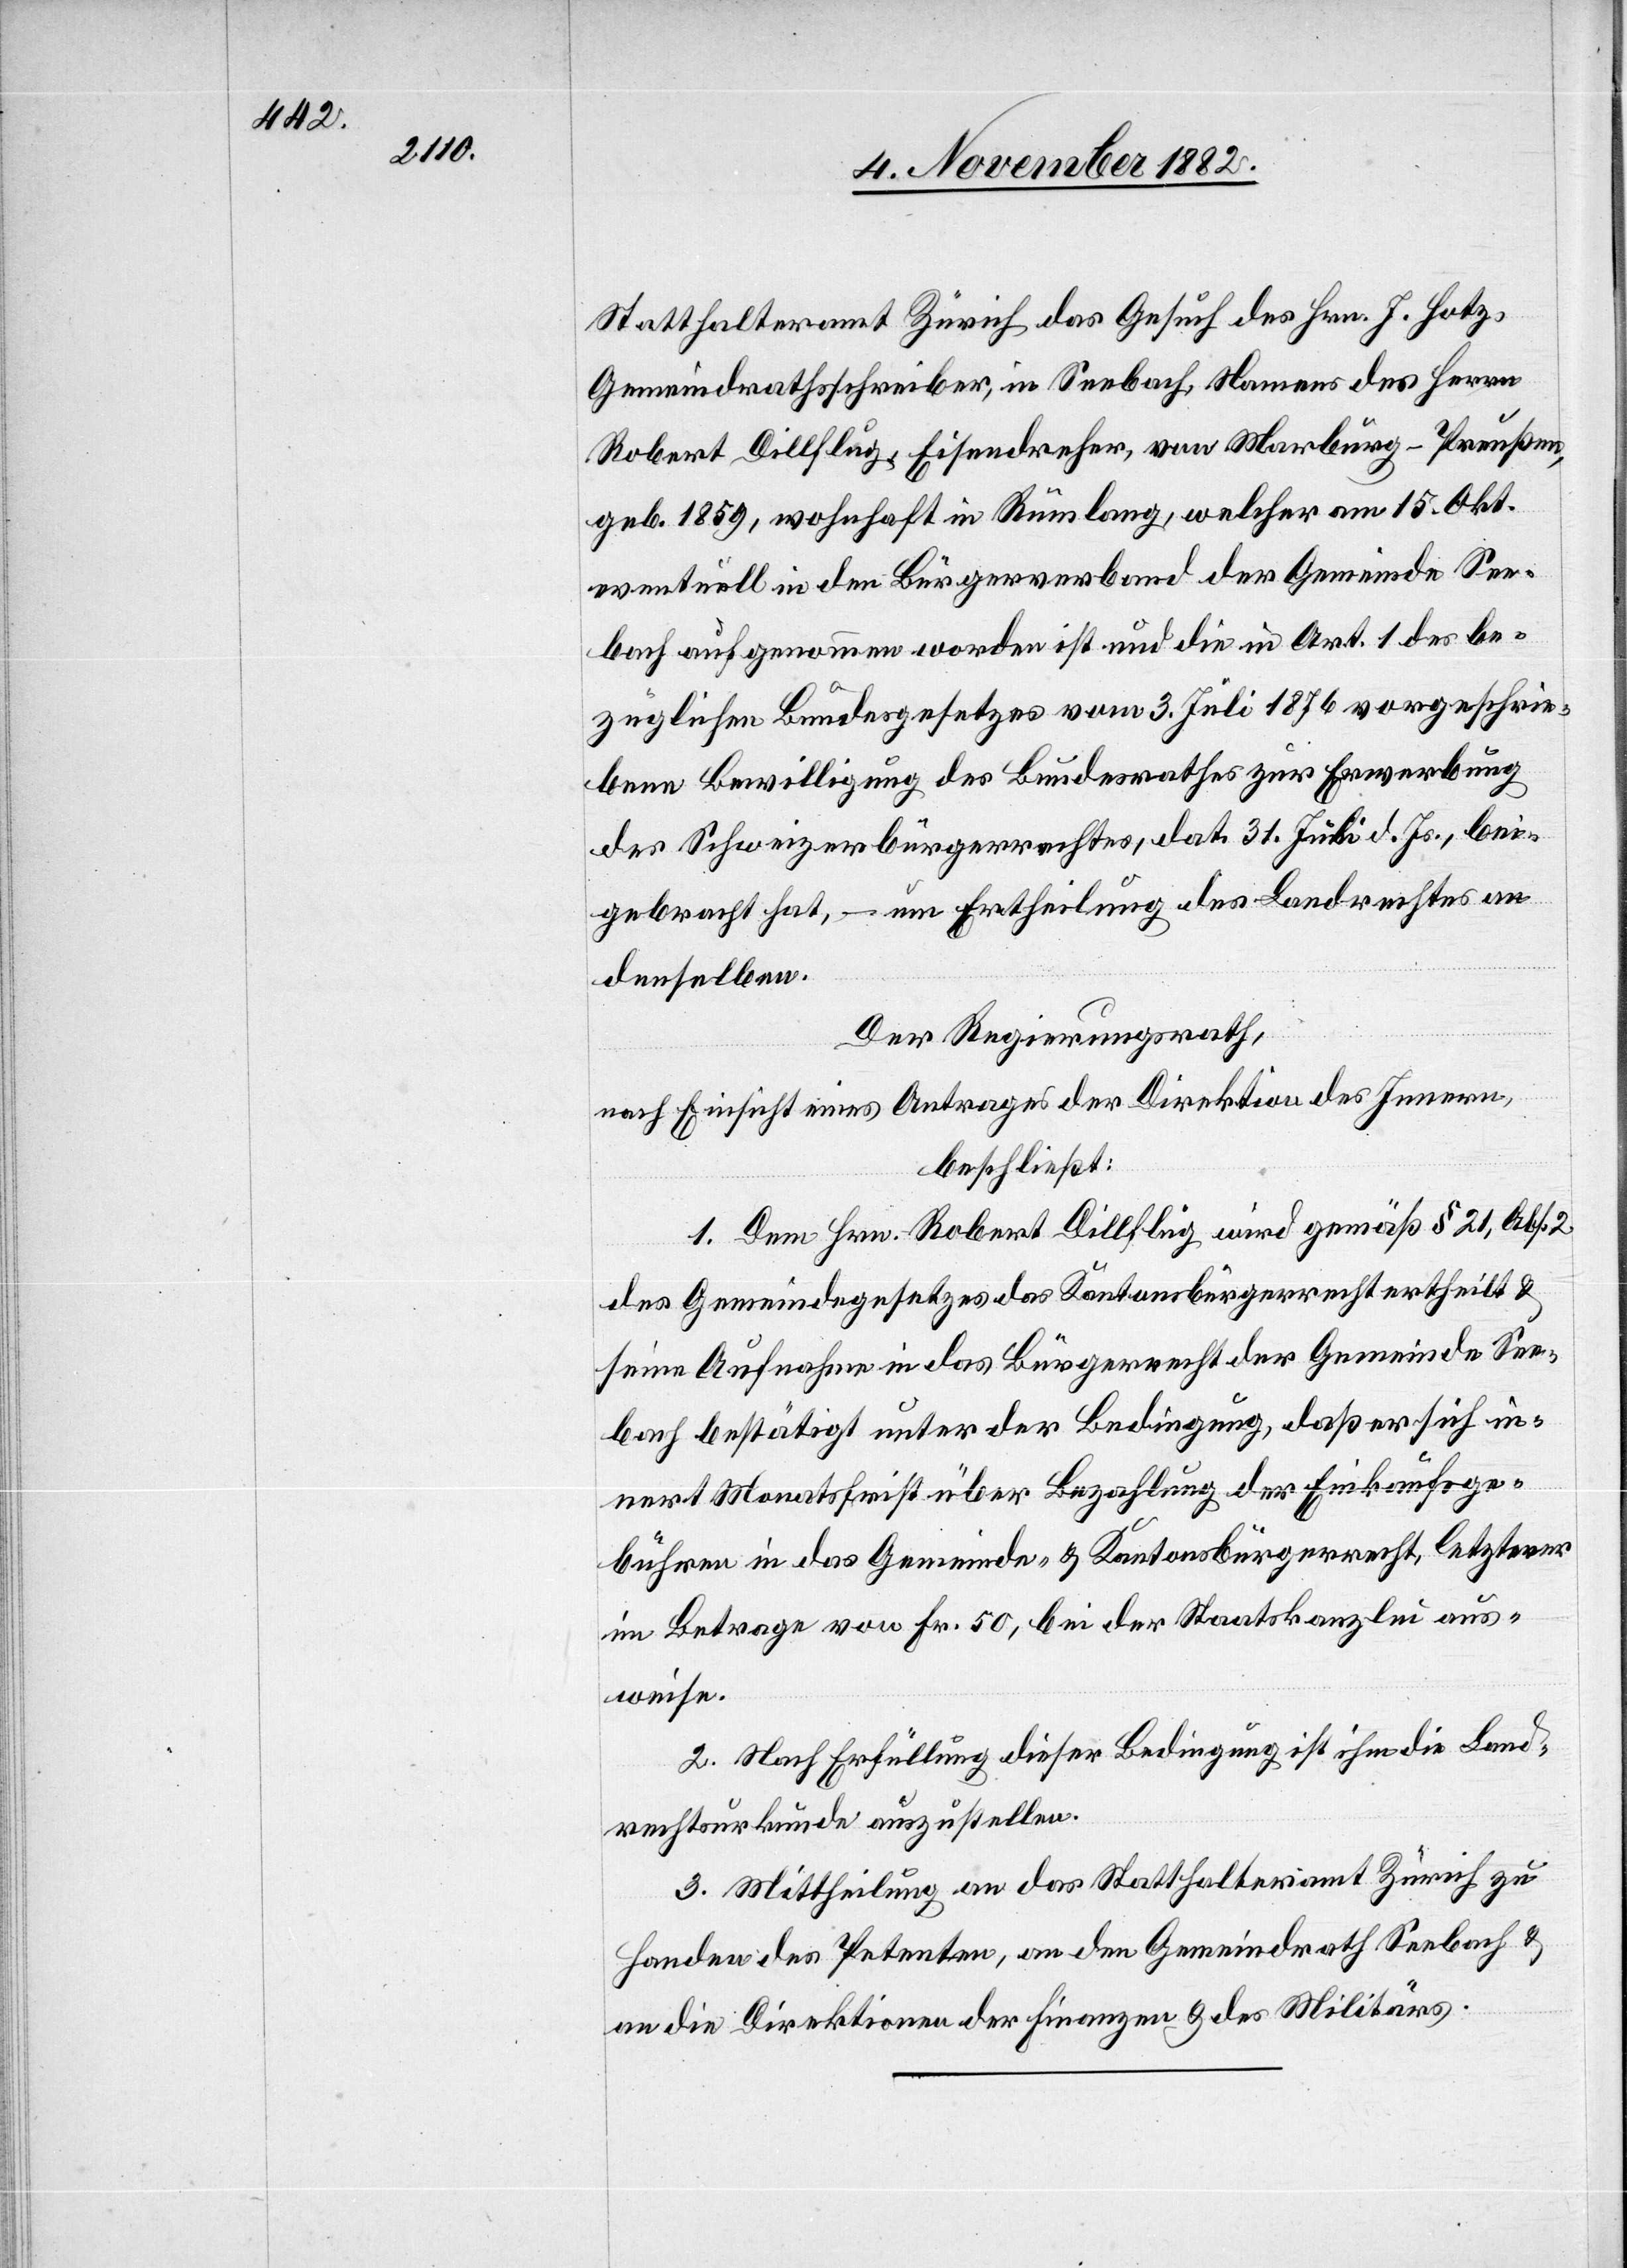
Statthalteramt Zürich das Gesuch des Hrn. J. Hotz,
Gemeindrathsschreiber, in Seebach, Namens des Herrn
Robert Dillflug, Eisendreher, von Marburg - Preußen,
geb. 1859, wohnhaft in Rümlang, welcher am 15. Okt.
eventuell in den Bürgerverband der Gemeinde See¬
bach aufgenommen worden ist und die in Art. 1 des be¬
züglichen Bundesgesetzes vom 3. Juli 1876 vorgeschrie¬
bene Bewilligung des Bundesrathes zur Erwerbung
des Schweizerbürgerrechtes, dat. 31. Juli d. Js. , bei¬
gebracht hat, – um Ertheilung des Landrechtes an
denselben.
Der Regierungsrath,
nach Einsicht eines Antrages der Direktion des Innern,
beschließt:
1. Dem Hrn. Robert Dillflug wird gemäß § 21, Abs. 2
des Gemeindegesetzes das Kantonsbürgerrecht ertheilt &
seine Aufnahme in das Bürgerrecht der Gemeinde See¬
bach bestätigt unter der Bedingung, daß er sich in¬
nert Monatsfrist über Bezahlung der Einkaufge¬
bühren in das Gemeinde- & Kantonsbürgerrecht, letzterer
im Betrage von Fr. 50, bei der Staatskanzlei aus¬
weise.
2. Nach Erfüllung dieser Bedingung ist ihm die Land¬
rechtsurkunde auszustellen.
3. Mittheilung an das Statthalteramt Zürich zu
Handen des Petenten, an den Gemeindrath Seebach &
an die Direktionen der Finanzen & des Militärs.